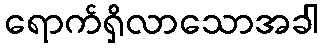
ရောက်ရှိလာသောအခါ